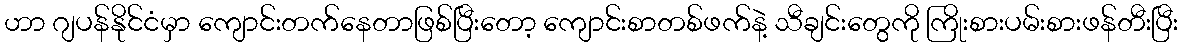
ဟာ ဂျပန်နိုင်ငံမှာ ကျောင်းတက်နေတာဖြစ်ပြီးတော့ ကျောင်းစာတစ်ဖက်နဲ့ သီချင်းတွေကို ကြိုးစားပမ်းစားဖန်တီးပြီး